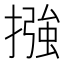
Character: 摾